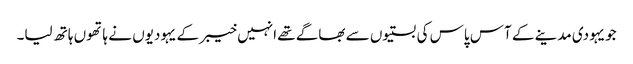
جویہودی مدینے کے آس پاس کی بستیوں سے بھاگے تھے انہیں خیبر کے یہودیوں نے ہاتھوں ہاتھ لیا۔